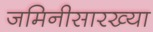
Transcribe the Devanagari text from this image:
जमिनीसारख्या